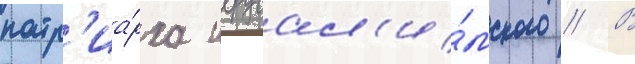
патр'иа́рха иерусал'и́мского // В